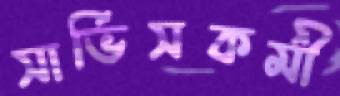
সার্ভিসকর্মী